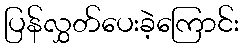
ပြန်လွှတ်ပေးခဲ့ကြောင်း